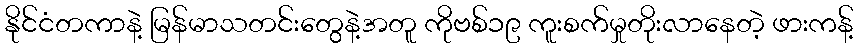
နိုင်ငံတကာနဲ့ မြန်မာသတင်းတွေနဲ့အတူ ကိုဗစ်၁၉ ကူးစက်မှုတိုးလာနေတဲ့ ဖားကန့်